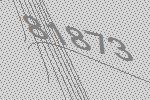
81873